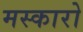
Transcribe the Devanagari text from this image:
मस्कारो